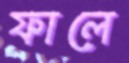
ফালে